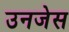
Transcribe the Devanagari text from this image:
उनजेस